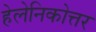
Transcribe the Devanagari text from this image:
हेलेनिकोत्तर